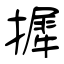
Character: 摨